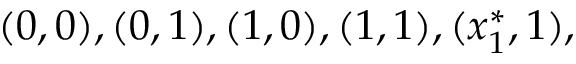
( 0 , 0 ) , ( 0 , 1 ) , ( 1 , 0 ) , ( 1 , 1 ) , ( x _ { 1 } ^ { * } , 1 ) ,